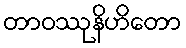
တာဝဿုနိဟိတော